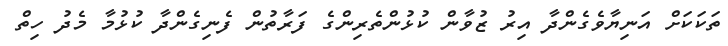
ތަކަކަށް އަނިޔާވެގެންދާ އިރު ޒުވާން ކުޅުންތެރިންގެ ފަރާތުން ފެނިގެންދާ ކުޅުމާ މެދު ހިތް